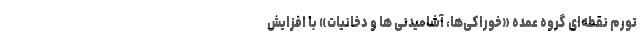
تورم نقطه‌ای گروه عمده «خوراکی‌ها، آشامیدنی ها و دخانیات» با افزایش